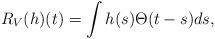
LaTeX: \begin{align*}R_V(h)(t)= \int h(s)\Theta(t-s)ds,\end{align*}